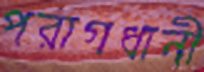
পরাগধানী